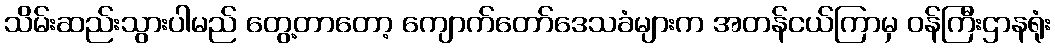
သိမ်းဆည်းသွားပါမည် တွေ့တာတော့ ကျောက်တော်ဒေသခံများက အတန်ငယ်ကြာမှ ဝန်ကြီးဌာနရုံး